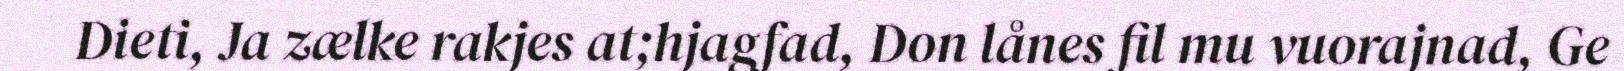
Dieti, Ja zælke rakjes at;hjagfad, Don lånes fil mu vuorajnad, Ge